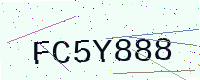
Text: FC5Y888